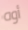
أوه